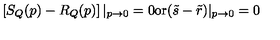
\left[ S _ { Q } ( p ) - R _ { Q } ( p ) \right] | _ { p \to 0 } = 0 \mathrm { o r } ( \tilde { s } - \tilde { r } ) | _ { p \to 0 } = 0